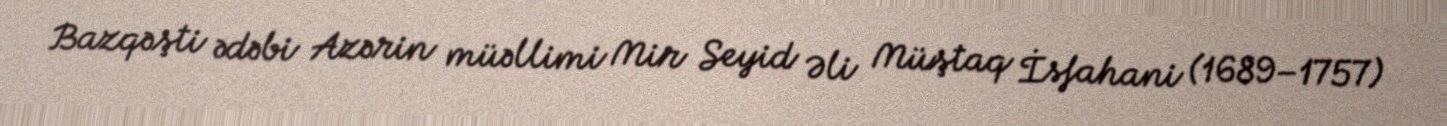
Bazqəşti ədəbi Azərin müəllimi Mir Seyid Əli Müştaq İsfahani (1689–1757)